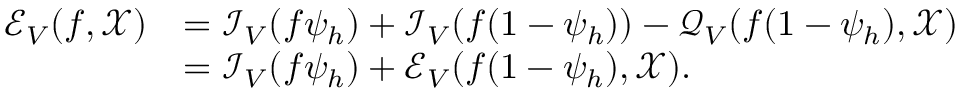
\begin{array} { r l } { \mathcal { E } _ { V } ( f , \mathcal { X } ) } & { = \mathcal { I } _ { V } ( f \psi _ { h } ) + \mathcal { I } _ { V } ( f ( 1 - \psi _ { h } ) ) - \mathcal { Q } _ { V } ( f ( 1 - \psi _ { h } ) , \mathcal { X } ) } \\ & { = \mathcal { I } _ { V } ( f \psi _ { h } ) + \mathcal { E } _ { V } ( f ( 1 - \psi _ { h } ) , \mathcal { X } ) . } \end{array}